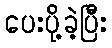
ပေးပို့ခဲ့ပြီး